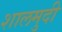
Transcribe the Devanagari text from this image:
शालमुदी